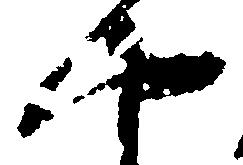
や